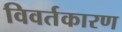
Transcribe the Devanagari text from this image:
विवर्तकारण